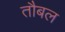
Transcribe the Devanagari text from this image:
तौबल